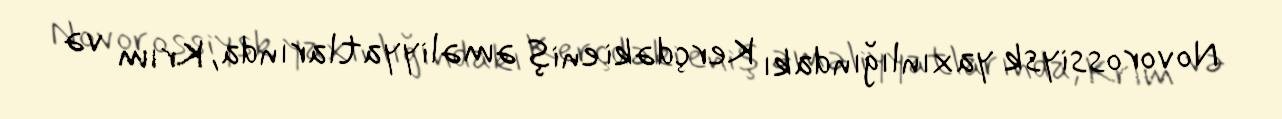
Novorossiysk yaxınlığındakı Kerçdəki eniş əməliyyatlarında, Krım və